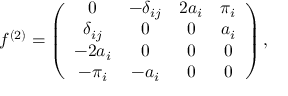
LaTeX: f ^ { ( 2 ) } = \left( \begin{array} { c c c c } { { 0 } } & { { - \delta _ { i j } } } & { { 2 a _ { i } } } & { { \pi _ { i } } } \\ { { \delta _ { i j } } } & { { 0 } } & { { 0 } } & { { a _ { i } } } \\ { { - 2 a _ { i } } } & { { 0 } } & { { 0 } } & { { 0 } } \\ { { - \pi _ { i } } } & { { - a _ { i } } } & { { 0 } } & { { 0 } } \end{array} \right) ,